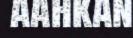
aahkan